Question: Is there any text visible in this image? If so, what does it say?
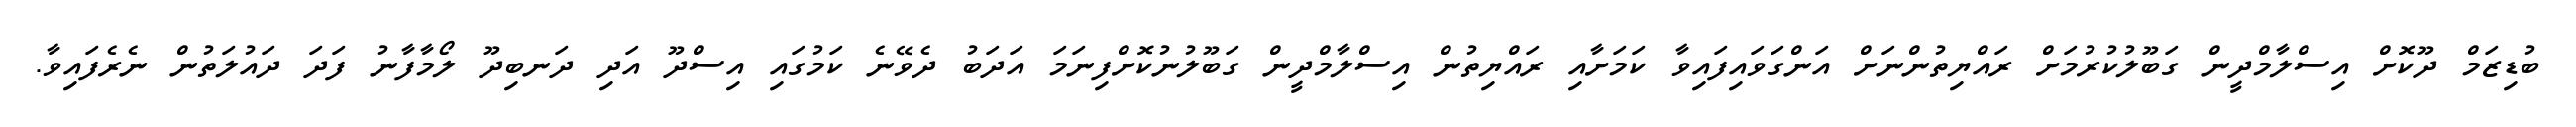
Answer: ބުޑިޒަމް ދޫކޮށް އިސްލާމްދީން ގަބޫލުކުރުމަށް ރައްޔިތުންނަށް އަންގަވައިފައިވާ ކަމަށާއި ރައްޔިތުން އިސްލާމްދީން ގަބޫލުނުކޮށްފިނަމަ އަދަބު ދެވޭނެ ކަމުގައި އިސްދޫ އަދި ދަނބިދޫ ލޯމާފާނު ފަދަ ދައުލަތުން ނެރެފައިވާ.